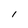
Character: I